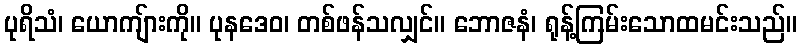
ပုရိသံ၊ ယောကျ်ားကို။ ပုနဒေဝ၊ တစ်ဖန်သလျှင်။ ဘောဇနံ၊ ရုန့်ကြမ်းသောထမင်းသည်။